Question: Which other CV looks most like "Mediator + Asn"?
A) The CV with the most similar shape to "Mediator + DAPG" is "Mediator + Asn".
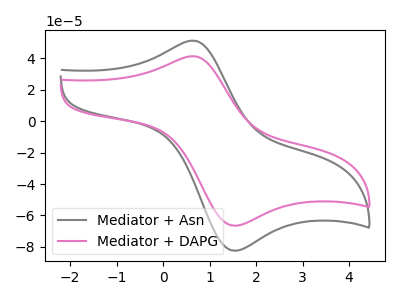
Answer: <think>The gray curve "Mediator + Asn" has an anodic peak at (0.65V, 51.25uA) and a cathodic peak at (1.60V, -82.35uA). The pink curve "Mediator + DAPG" has an anodic peak at (0.65V, 41.35uA) and a cathodic peak at (1.60V, -66.45uA).
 All the peaks in "Mediator + Asn" have a peak in "Mediator + DAPG" at the same potential. Every peak in "Mediator + Asn" is higher than every peak in "Mediator + DAPG".</think>
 <answer>A) The CV with the most similar shape to "Mediator + DAPG" is "Mediator + Asn".</answer>
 <eval>A</eval>